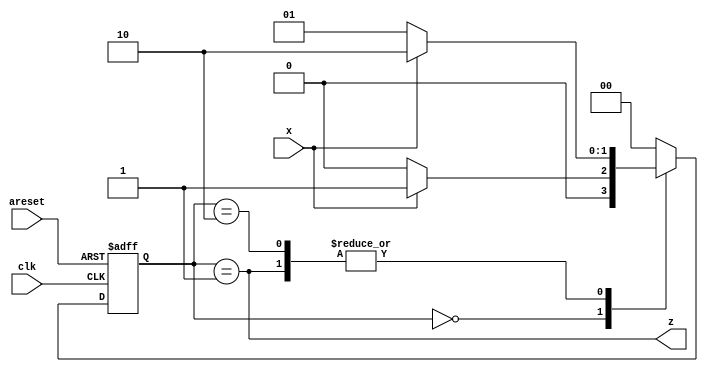
//
//
// https://hdlbits.01xz.net/wiki/Exams/ece241_2014_q5a
//
//

`default_nettype none

module top_module (
    input           clk,
    input           areset,
    input           x,
    output          z
);

    parameter       S0  = 2'd0,
                    S1  = 2'd1,
                    S2  = 2'd2;

    reg     [1:0]   state;
    reg     [1:0]   state_next;

    always @(posedge clk, posedge areset) begin
        if (areset)
            state <= S0;
        else
            state <= state_next;
    end

    always @(*) begin
        case (state)
        S0          : state_next = x ? S1 : S0;
        S1          : state_next = x ? S2 : S1;
        S2          : state_next = x ? S2 : S1;
        default     : state_next = S0;
        endcase
    end

    assign z = (state == S1);

endmodule